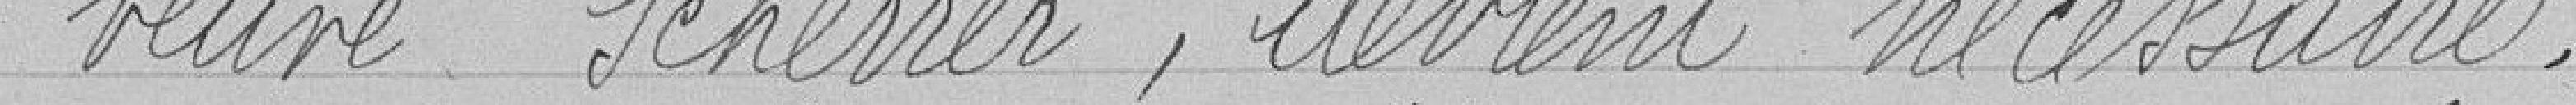
veuve Scherrer, devient nécessaire.